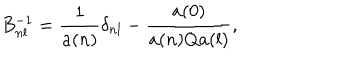
B _ { n l } ^ { - 1 } = \frac { 1 } { a ( n ) } \delta _ { n l } - \frac { a ( 0 ) } { a ( n ) Q a ( l ) } ,